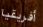
أفريقيا